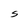
Character: s